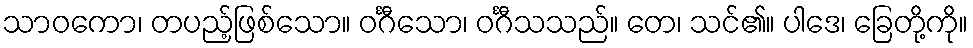
သာဝကော၊ တပည့်ဖြစ်သော။ ဝင်္ဂီသော၊ ဝင်္ဂီသသည်။ တေ၊ သင်၏။ ပါဒေ၊ ခြေတို့ကို။